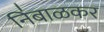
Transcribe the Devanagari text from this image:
नि॑बाळकर